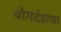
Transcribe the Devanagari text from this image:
योगदंडाचा